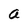
Character: a